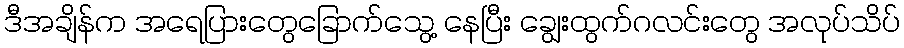
ဒီအချိန်က အရေပြားတွေခြောက်သွေ့ နေပြီး ချွေးထွက်ဂလင်းတွေ အလုပ်သိပ်